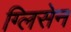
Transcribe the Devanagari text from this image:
ग्लिसेन